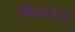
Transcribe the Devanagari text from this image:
बिघडवले